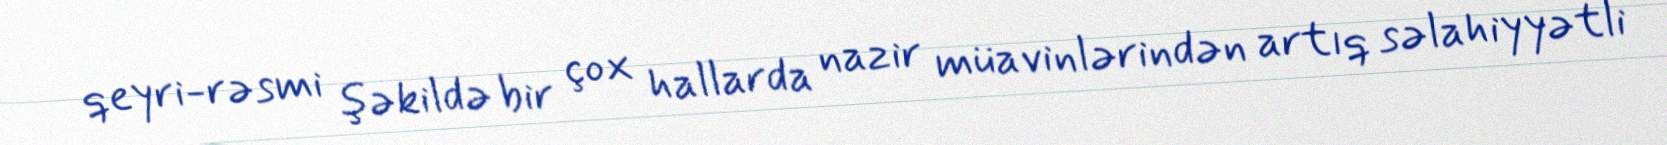
qeyri-rəsmi şəkildə bir çox hallarda nazir müavinlərindən artıq səlahiyyətli